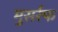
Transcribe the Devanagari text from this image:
मुसर्रफ